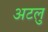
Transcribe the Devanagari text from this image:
अटलु